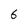
Character: 6